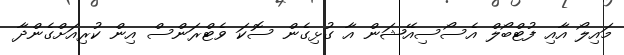
މައިލޯ އާއި ފުޓްބޯލް އެސޯސިއޭޝަން އާ ގުޅިގެން ސޮކަ ވެޓްރަންސް އިން ކުރިއަށްގެންދާ